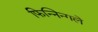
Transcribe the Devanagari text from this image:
फिन्निन्गले